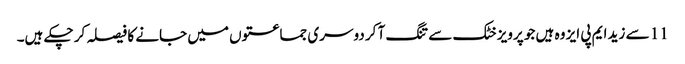
11 سے زید ایم پی ایز وہ ہیں جو پرویز خٹک سے تنگ آ کر دوسری جماعتوں میں جانے کا فیصلہ کر چکے ہیں۔